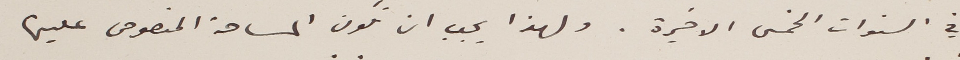
في السنوات الخمس الاخيرة. ولهذا يجب ان تكون المساحة المنصوص عليها